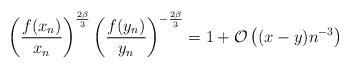
LaTeX: \begin{align*} \left(\frac{f(x_n)}{x_n} \right)^{\frac{2\beta}{3}}\left( \frac{f(y_n)}{y_n} \right)^{- \frac{2\beta}{3}}= 1 + \mathcal O\left((x-y) n^{-3}\right) \end{align*}